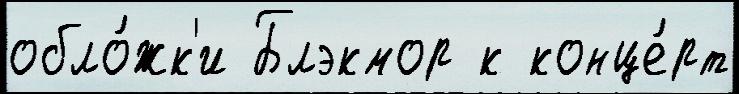
обло́жк'и Блэкмор к конце́рт